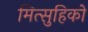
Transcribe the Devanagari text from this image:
मित्सुहिको